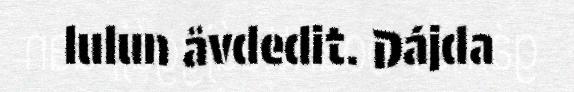
lulun åvdedit. Dájda